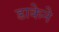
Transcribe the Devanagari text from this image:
डाकेने